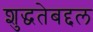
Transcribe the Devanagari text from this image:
शुद्धतेबद्दल